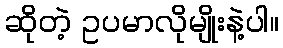
ဆိုတဲ့ ဥပမာလိုမျိုးနဲ့ပါ။